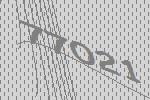
77021